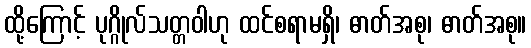
ထို့ကြောင့် ပုဂ္ဂိုလ်သတ္တဝါဟု ထင်စရာမရှိ၊ ဓာတ်အစု၊ ဓာတ်အစု။